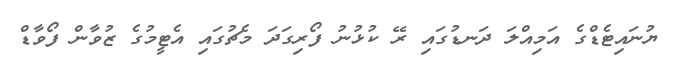
ޔުނައިޓެޑްގެ އަމިއްލަ ދަނޑުގައި ރޭ ކުޅުނު ފޯރިގަދަ މެޗުގައި އެޓީމުގެ ޒުވާން ފޯވާޑް